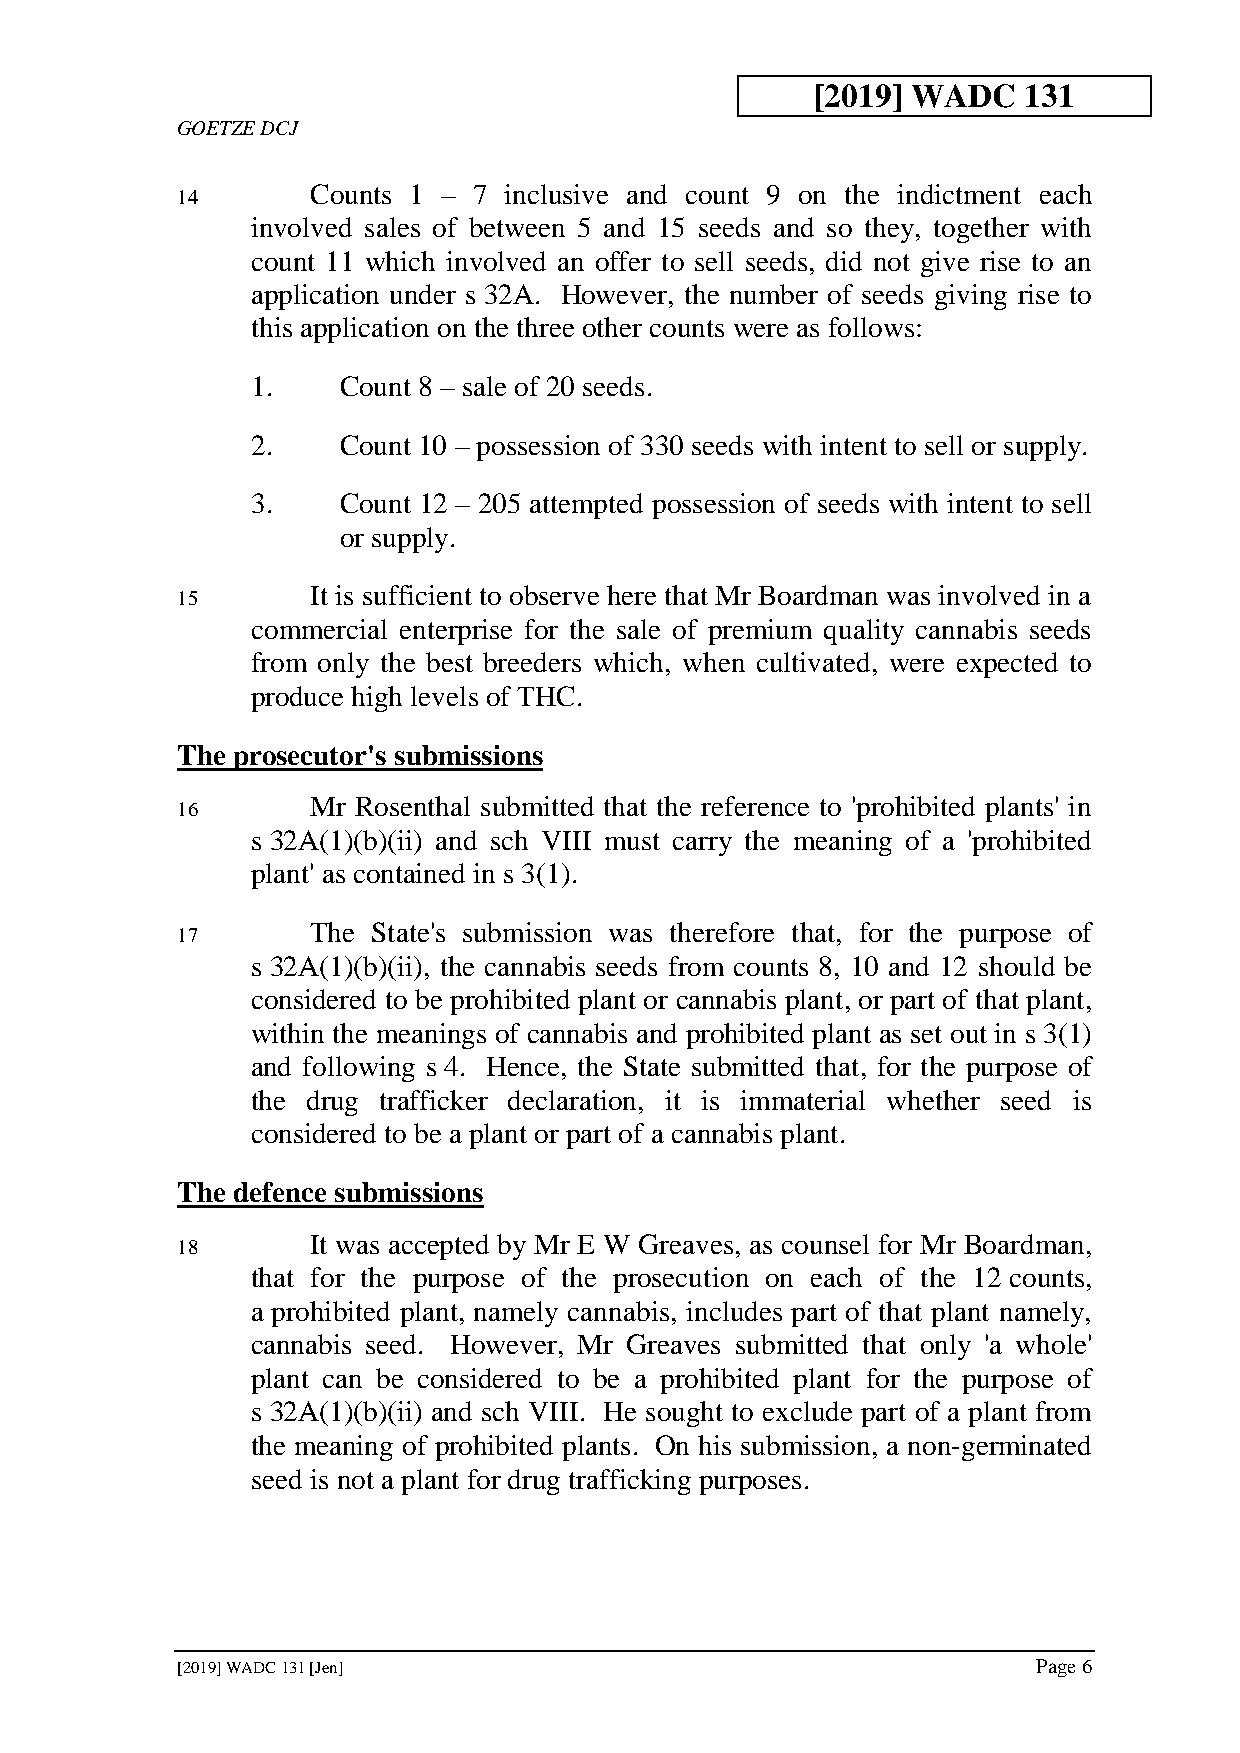
[2019] WADC   131
 GOETZE DCJ
 Counts 1 – 7 inclusive and count 9 on the indictment each
 14
 involved sales of between 5 and 15 seeds and so they, together with
 count 11 which involved an offer to sell seeds, did not give rise to an
 application under s 32A. However, the number of seeds giving rise to
 this application on the three other counts were as follows:
 1.   Count 8 – sale of 20 seeds.
 2.   Count 10 – possession of 330 seeds with intent to sell or supply.
 3.   Count 12 – 205 attempted possession of seeds with intent to sell
 or supply.
 It is sufficient to observe here that Mr Boardman was involved in a
 15
 commercial enterprise for the sale of premium quality cannabis seeds
 from only the best breeders which, when cultivated, were expected to
 produce high levels of THC.
 The prosecutor's submissions
 Mr Rosenthal submitted that the reference to 'prohibited plants' in
 16
 s 32A(1)(b)(ii) and sch VIII must carry the meaning of a 'prohibited
 plant' as contained in s 3(1).
 The State's submission was therefore that, for the purpose of
 17
 s 32A(1)(b)(ii), the cannabis seeds from counts 8, 10 and 12 should be
 considered to be prohibited plant or cannabis plant, or part of that plant,
 within the meanings of cannabis and prohibited plant as set out in s 3(1)
 and following s 4. Hence, the State submitted that, for the purpose of
 the drug trafficker declaration, it is immaterial whether seed is
 considered to be a plant or part of a cannabis plant.
 The defence submissions
 It was accepted by Mr E W Greaves, as counsel for Mr Boardman,
 18
 that for the purpose of the prosecution on each of the 12 counts,
 a prohibited plant, namely cannabis, includes part of that plant namely,
 cannabis seed. However, Mr Greaves submitted that only 'a whole'
 plant can be considered to be a prohibited plant for the purpose of
 s 32A(1)(b)(ii) and sch VIII. He sought to exclude part of a plant from
 the meaning of prohibited plants. On his submission, a non-germinated
 seed is not a plant for drug trafficking purposes.
 [2019] WADC 131 [Jen]                                    Page 6